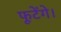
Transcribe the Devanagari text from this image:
फूटेंगे।